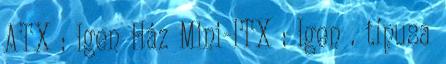
ATX : Igen Ház Mini-ITX : Igen . típusa